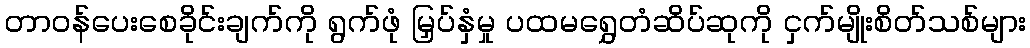
တာဝန်ပေးစေခိုင်းချက်ကို ရွက်ဖုံ မြှပ်နှံမှု ပထမရွှေတံဆိပ်ဆုကို ငှက်မျိုးစိတ်သစ်များ